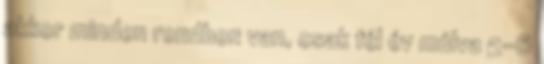
akkor minden rendben van, csak fél év múlva 5-6